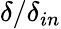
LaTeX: \delta/\delta_{in}